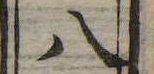
八